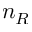
n _ { R }